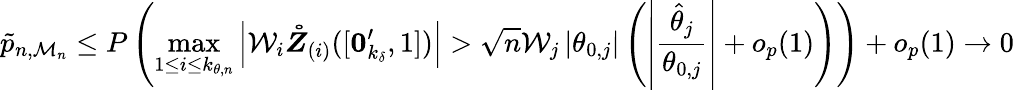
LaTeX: \tilde{p}_{n,\mathcal{M}_{n}}\leq P\left(\operatorname*{max}_{1\leq i\leq k_{\theta,n}}\left\vert\mathcal{W}_{i}\boldsymbol{\mathring{Z}}_{(i)}([\boldsymbol{0}_{k_{\delta}}^{\prime},1])\right\vert>\sqrt{n}\mathcal{W}_{j}\left\vert\theta_{0,j}\right\vert\left(\left\vert\frac{\hat{\theta}_{j}}{\theta_{0,j}}\right\vert+o_{p}(1)\right)\right)+o_{p}(1)\rightarrow 0